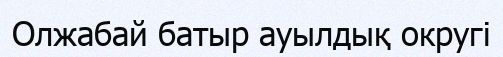
Олжабай батыр ауылдық округі